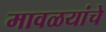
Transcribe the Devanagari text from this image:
मावळयांचे